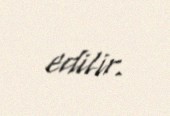
edilir.